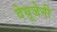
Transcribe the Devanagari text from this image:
देयूजेनी